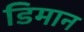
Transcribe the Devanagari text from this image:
डिमान